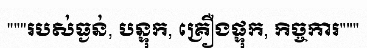
"""របស់ធ្ងន់, បន្ទុក, គ្រឿងផ្ទុក, កិច្ចការ"""